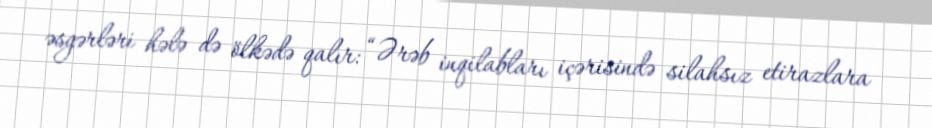
əsgərləri hələ də ölkədə qalır: “Ərəb inqilabları içərisində silahsız etirazlara